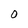
Character: O